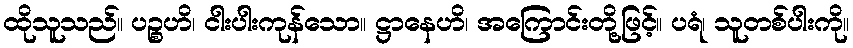
ထိုသူသည်။ ပဉ္စဟိ၊ ငါးပါးကုန်သော။ ဋ္ဌာနေဟိ၊ အကြောင်းတို့ဖြင့်။ ပရံ၊ သူတစ်ပါးကို။